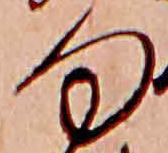
向